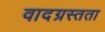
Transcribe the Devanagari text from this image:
वादग्रस्तता